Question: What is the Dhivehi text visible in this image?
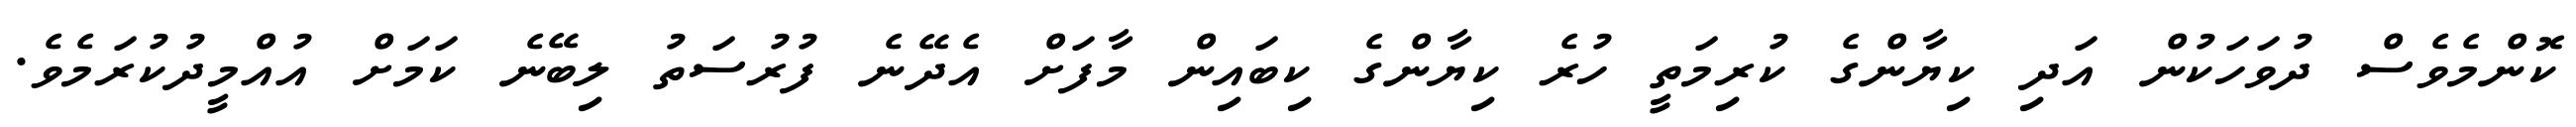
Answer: ކޮންމެވެސް ދުވަހަކުން އަދި ކިޔާންގެ ކުރިމަތީ ހުރެ ކިޔާންގެ ކިބައިން މާފަށް އެދޭނެ ފުރުސަތު ލިބޭނެ ކަމަށް އުއްމީދުކުރަމެވެ.